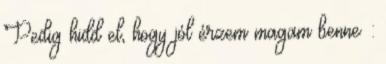
Pedig hidd el, hogy jól érzem magam benne :